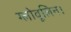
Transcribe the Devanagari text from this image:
ग्लोवूलिन।